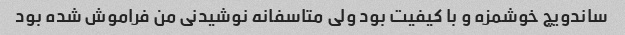
ساندویچ خوشمزه و با کیفیت بود ولی متاسفانه نوشیدنی من فراموش شده بود